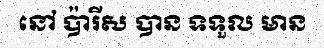
នៅ ប៉ារីស បាន ទទួល មាន